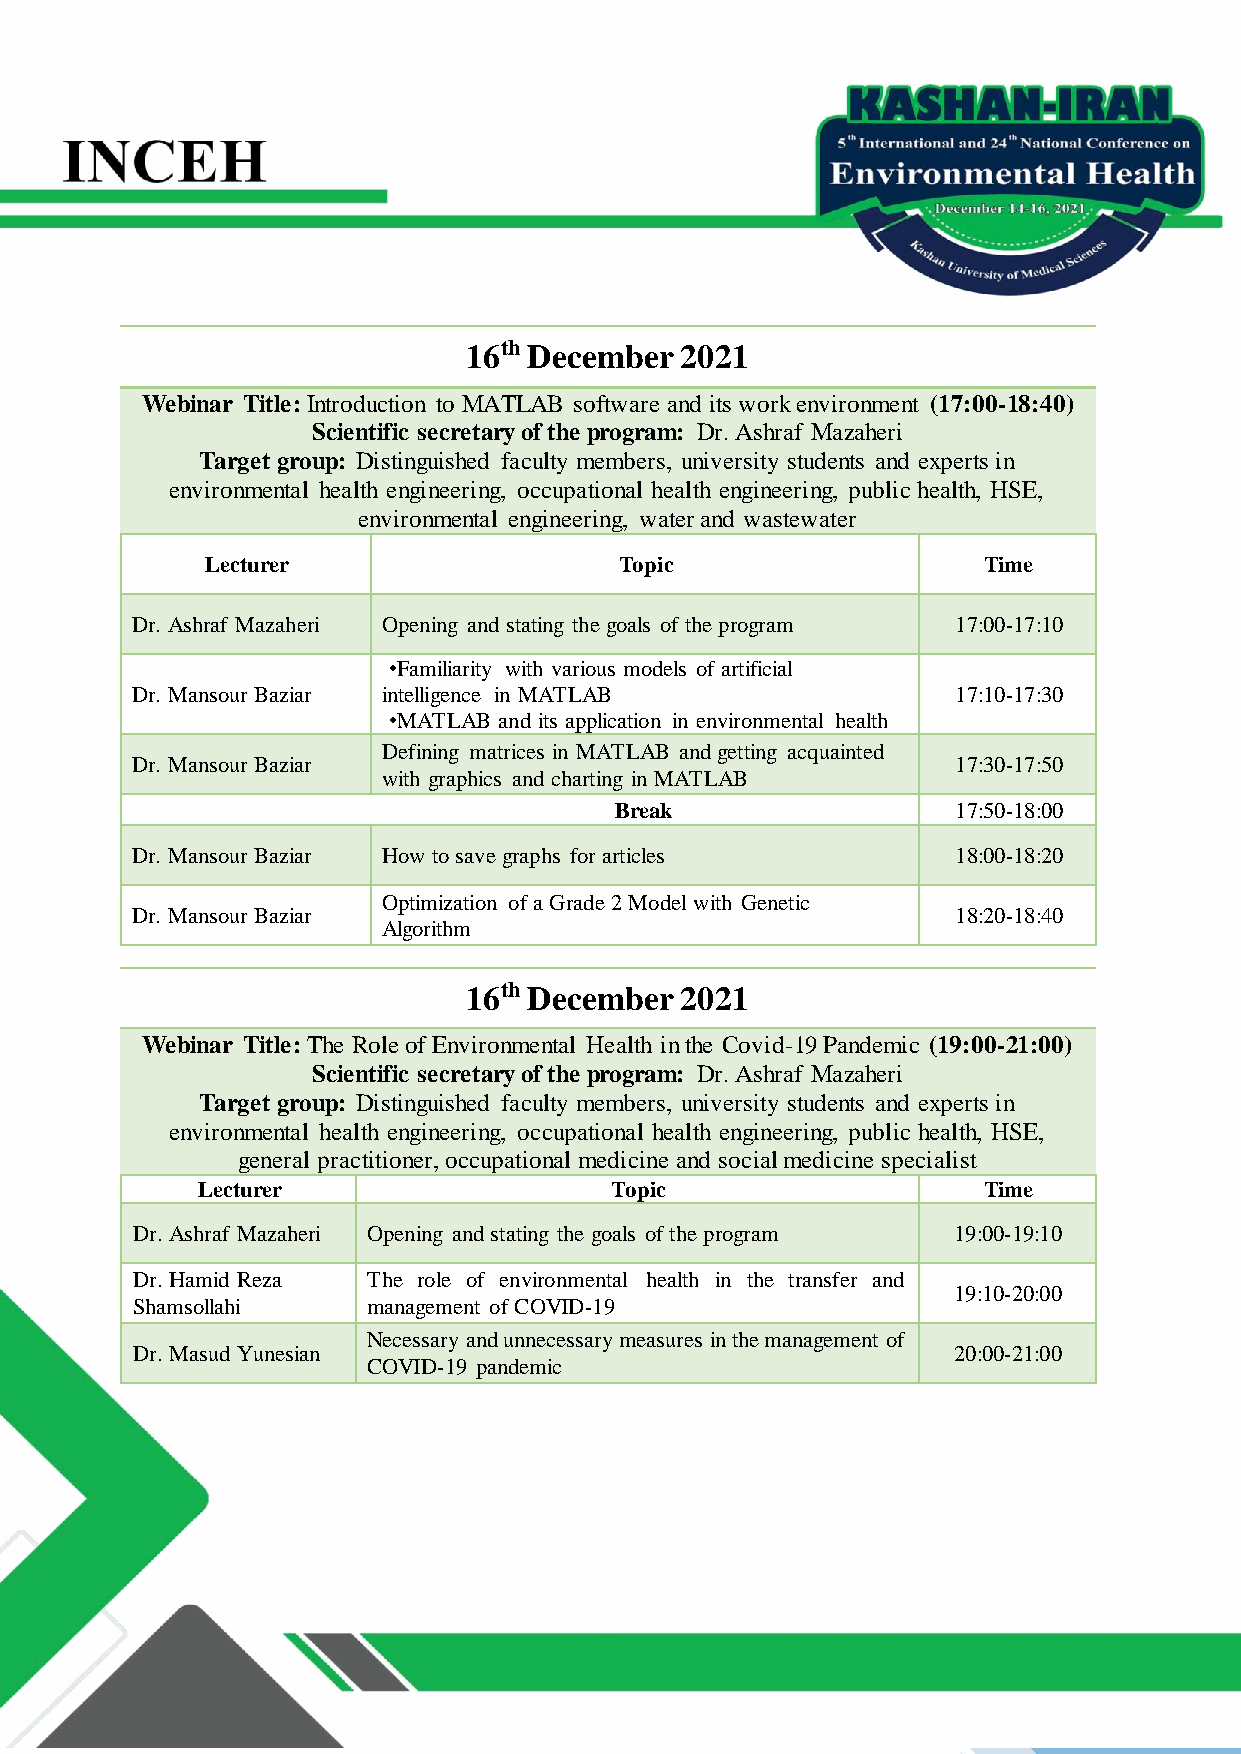
16th December 2021
 Webinar Title: Introduction to MATLAB software and its work environment (17:00-18:40)
 Scientific secretary of the program: Dr. Ashraf Mazaheri
 Target group: Distinguished faculty members, university students and experts in
 environmental health engineering, occupational health engineering, public health, HSE,
 environmental engineering, water and wastewater
 Lecturer                   Topic                   Time
 Dr. Ashraf Mazaheri Opening and stating the goals of the program 17:00-17:10
 •Familiarity with various models of artificial
 Dr. Mansour Baziar intelligence in MATLAB             17:10-17:30
 •MATLAB and its application in environmental health
 Defining matrices in MATLAB and getting acquainted
 Dr. Mansour Baziar                                    17:30-17:50
 with graphics and charting in MATLAB
 Break                 17:50-18:00
 Dr. Mansour Baziar How to save graphs for articles    18:00-18:20
 Optimization of a Grade 2 Model with Genetic
 Dr. Mansour Baziar                                    18:20-18:40
 Algorithm
 16th December 2021
 Webinar Title: The Role of Environmental Health in the Covid-19 Pandemic (19:00-21:00)
 Scientific secretary of the program: Dr. Ashraf Mazaheri
 Target group: Distinguished faculty members, university students and experts in
 environmental health engineering, occupational health engineering, public health, HSE,
 general practitioner, occupational medicine and social medicine specialist
 Lecturer                   Topic                    Time
 Dr. Ashraf Mazaheri Opening and stating the goals of the program 19:00-19:10
 Dr. Hamid Reza The role of environmental health in the transfer and
 19:10-20:00
 Shamsollahi    management of COVID-19
 Necessary and unnecessary measures in the management of
 Dr. Masud Yunesian                                    20:00-21:00
 COVID-19 pandemic